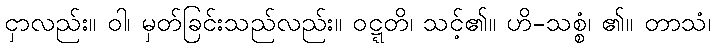
ငှာလည်း။ ဝါ၊ မှတ်ခြင်းသည်လည်း။ ဝဋ္ဋတိ၊ သင့်၏။ ဟိ-သစ္စံ၊ ၏။ တာသံ၊